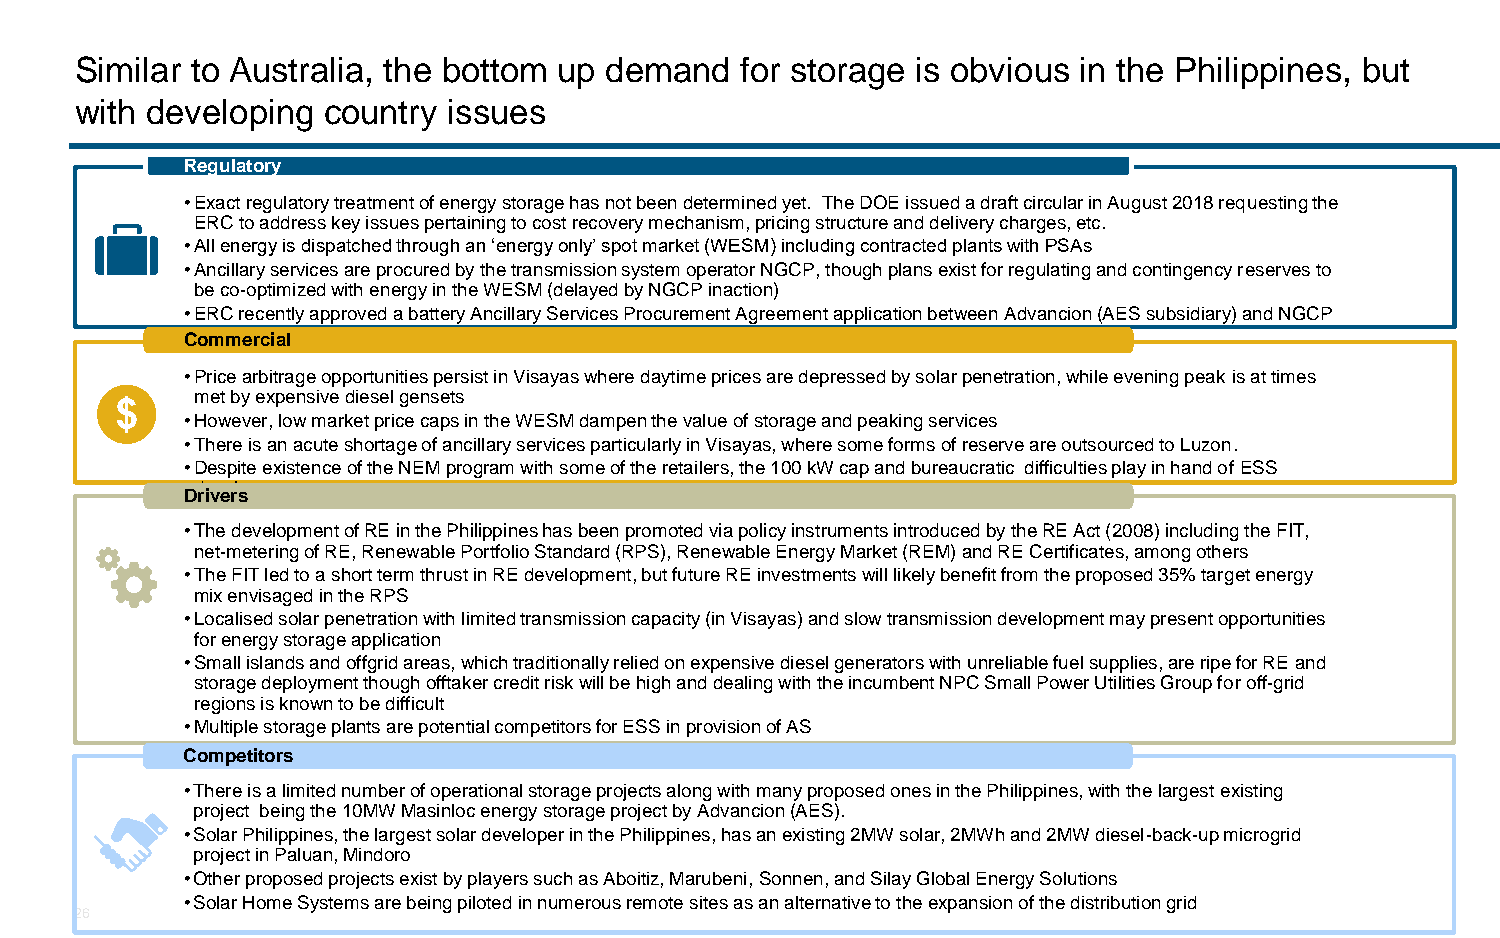
Similar to Australia, the bottom up demand  for storage is obvious in the Philippines, but
 with developing country  issues
 Regulatory
 •Exact regulatory treatment of energy storage has not been determined yet. The DOE issued a draft circular in August 2018 requesting the
 ERC to address key issues pertaining to cost recovery mechanism, pricing structure and delivery charges, etc.
 •All energy is dispatched through an ‘energy only’ spot market (WESM) including contracted plants with PSAs
 •Ancillary services are procured by the transmission system operator NGCP, though plans exist for regulating and contingency reserves to
 be co-optimized with energy in the WESM (delayed by NGCP inaction)
 •ERC recently approved a battery Ancillary Services Procurement Agreement application between Advancion(AES subsidiary) and NGCP
 Commercial
 •Price arbitrage opportunities persist in Visayas where daytime prices are depressed by solar penetration, while evening peak is at times
 met by expensive diesel gensets
 •However, low market price caps in the WESM dampen the value of storage and peaking services
 •There is an acute shortage of ancillary services particularly in Visayas, where some forms of reserve are outsourced to Luzon.
 •Despite existence of the NEM program with some of the retailers, the 100 kW cap and bureaucratic difficulties play in hand of ESS
 developers
 Drivers
 •The development of RE in the Philippines has been promoted via policy instruments introduced by the RE Act (2008) including the FIT,
 net-metering of RE, Renewable Portfolio Standard (RPS), Renewable Energy Market (REM) and RE Certificates, among others
 •The FIT led to a short term thrust in RE development, but future RE investments will likely benefit from the proposed 35% targetenergy
 mix envisaged in the RPS
 •Localisedsolar penetration with limited transmission capacity (in Visayas) and slow transmission development may present opportunities
 for energy storage application
 •Small islands and offgridareas, which traditionally relied on expensive diesel generators with unreliable fuel supplies, are ripe for RE and
 storage deployment though offtaker credit risk will be high and dealing with the incumbent NPC Small Power Utilities Group for off-grid
 regions is known to be difficult
 •Multiple storage plants are potential competitors for ESS in provision of AS
 Competitors
 •There is a limited number of operational storage projects along with many proposed ones in the Philippines, with the largest existing
 project being the 10MW Masinloc energy storage project by Advancion(AES).
 •Solar Philippines, the largest solar developer in the Philippines, has an existing 2MW solar, 2MWh and 2MW diesel-back-up microgrid
 project in Paluan, Mindoro
 •Other proposed projects exist by players such as Aboitiz, Marubeni, Sonnen, and SilayGlobal Energy Solutions
 •Solar Home Systems are being piloted in numerous remote sites as an alternative to the expansion of the distribution grid
 26